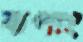
ঝপাং